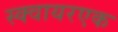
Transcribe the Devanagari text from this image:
स्क्वायरएक